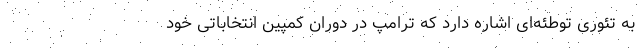
به تئوری توطئه‌ای اشاره دارد که ترامپ در دوران کمپین انتخاباتی خود